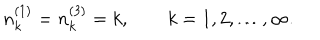
LaTeX: n _ { k } ^ { ( 1 ) } = n _ { k } ^ { ( 3 ) } = k , \qquad k = 1 , 2 , \ldots , \infty .